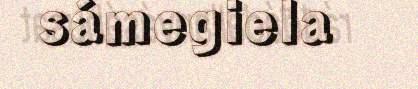
sámegiela